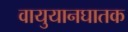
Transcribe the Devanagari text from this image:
वायुयानघातक